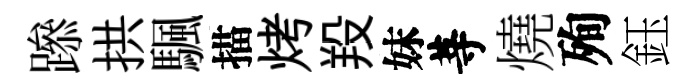
𨅶拱颿描烤羖妹䓁燒殉鈺